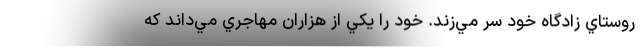
روستاي زادگاه خود سر مي‌زند. خود را يكي از هزاران مهاجري مي‌داند كه